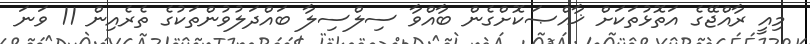
މިއީ ރާއްޖޭގެ އަތޮޅުތަކަށް ޚާއްޞަކޮށްގެން ބާއްވާ ސިލްސިލާ ބައްދަލުވުންތަކުގެ ތެރެއިން 11 ވަނަ